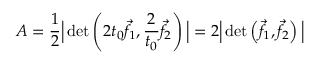
A = { \frac { 1 } { 2 } } { \Big | } \operatorname* { d e t } \left( 2 t _ { 0 } { \vec { f } } _ { 1 } , { \frac { 2 } { t _ { 0 } } } { \vec { f } } _ { 2 } \right) { \Big | } = 2 { \Big | } \operatorname* { d e t } \left( { \vec { f } } _ { 1 } , { \vec { f } } _ { 2 } \right) { \Big | }